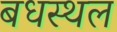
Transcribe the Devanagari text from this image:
बधस्थल